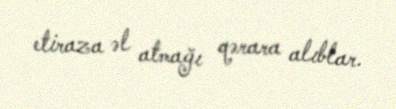
etiraza əl atmağı qərara alıblar.